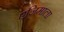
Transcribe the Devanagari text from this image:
एजिमाला